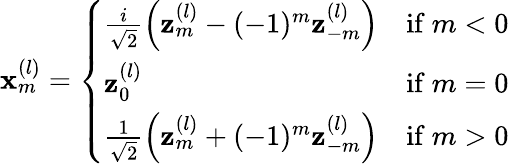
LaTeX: \mathbf{x}_{m}^{(l)}=\left\{ \begin{array}{ll}{\frac{i}{\sqrt{2}}\left(\mathbf{z}_{m}^{(l)}-(-1)^{m}\mathbf{z}_{-m}^{(l)}\right)}&{\mathrm{if~}m<0}\\ {\mathbf{z}_{0}^{(l)}}&{\mathrm{if~}m=0}\\ {\frac{1}{\sqrt{2}}\left(\mathbf{z}_{m}^{(l)}+(-1)^{m}\mathbf{z}_{-m}^{(l)}\right)}&{\mathrm{if~}m>0}\end{array}\right.